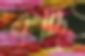
বদ্ধি